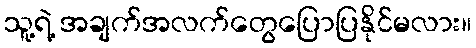
သူ့ရဲ့ အချက်အလက်တွေပြောပြနိုင်မလား။